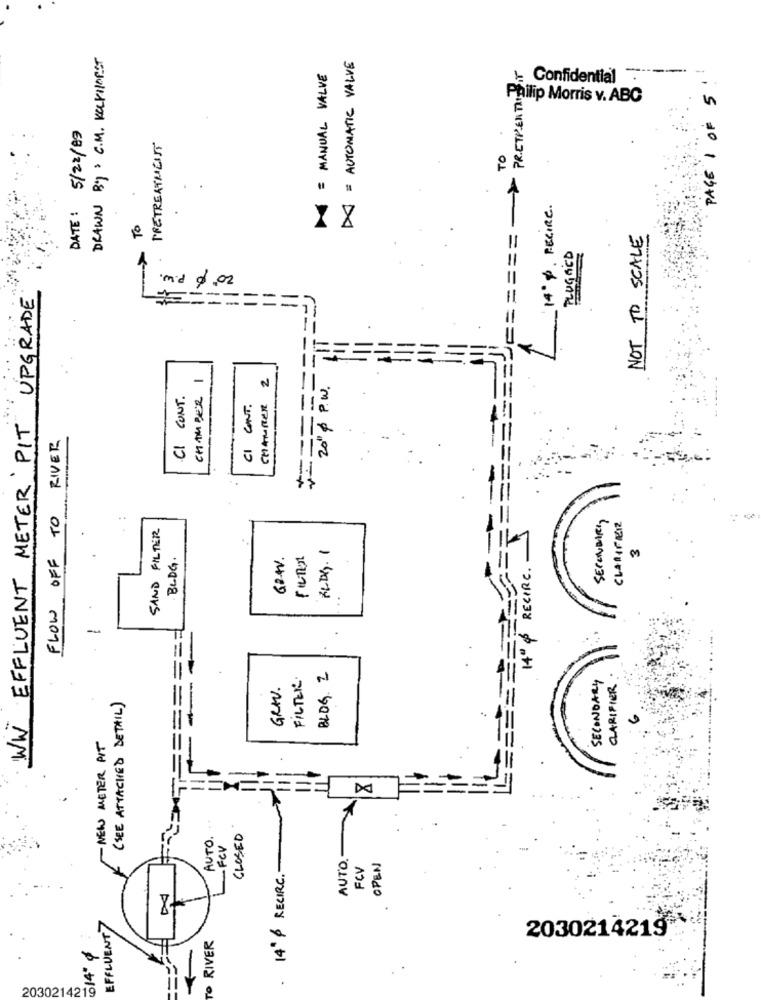
DRAWN By : C.M. KeCKHORST
DA = AUTOMATIC VALUE
N = MANUAL VALVE
PRETPEN THE
Confidential
5
Philip Morris v. ABC
PAGE 1 OF
DATE: 5/22/89
PRETREATMENT
TO
14. p. RECIRC.
TO
======
NOT TO SCALE
-
PLUGGED
WW EFFLUENT METER PIT UPGRADE
mid 0 .02
========,
==
CHAMBER I
CHAMBER 2
20" & P.W.
CI CONT.
CI CONT.
*===
RIVER
FLOW OFF TO
SECONDARY
CLARIFIER2
SAND FILTER
ALDY. 1
BLOG.
60AV.
RECIRC .
140 &
-
FILTER.
BLOG. 2
SECONDARY
CLARIFIER.
GRAV.
(SEE ATTACHED DETAIL)
- NEW METER PIT
Da
CLOSED
AUTO.
-FCV
AUTO.
14" P RECIRC .-
FCV
OPEN
EFFLUENT
2030214219*
614" ¢
TO RIVER
.
2030214219